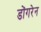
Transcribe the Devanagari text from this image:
डोंगरेन